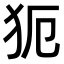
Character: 𤜸